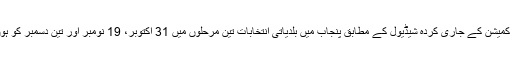
الیکشن کمیشن کے جاری کردہ شیڈیول کے مطابق پنجاب میں بلدیاتی انتخابات تین مرحلوں میں 31 اکتوبر، 19 نومبر اور تین دسمبر کو ہوں گے۔